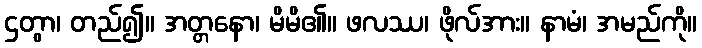
ဌတွာ၊ တည်၍။ အတ္တနော၊ မိမိ၏။ ဖလဿ၊ ဖိုလ်အား။ နာမံ၊ အမည်ကို။